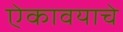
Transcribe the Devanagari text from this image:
ऐकावयाचे